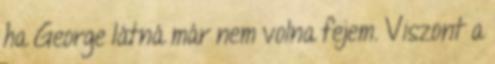
ha George látná már nem volna fejem. Viszont a